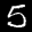
Digit: 5